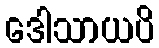
ဒေါသာယပိ